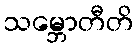
သမ္ဘောတီတိ